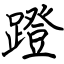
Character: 蹬